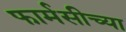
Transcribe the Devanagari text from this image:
फार्मसीच्या